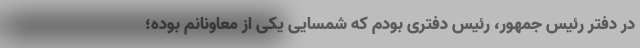
در دفتر رئیس جمهور، رئیس دفتری بودم که شمسایی یکی از معاونانم بوده؛